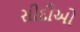
સીદીઓ